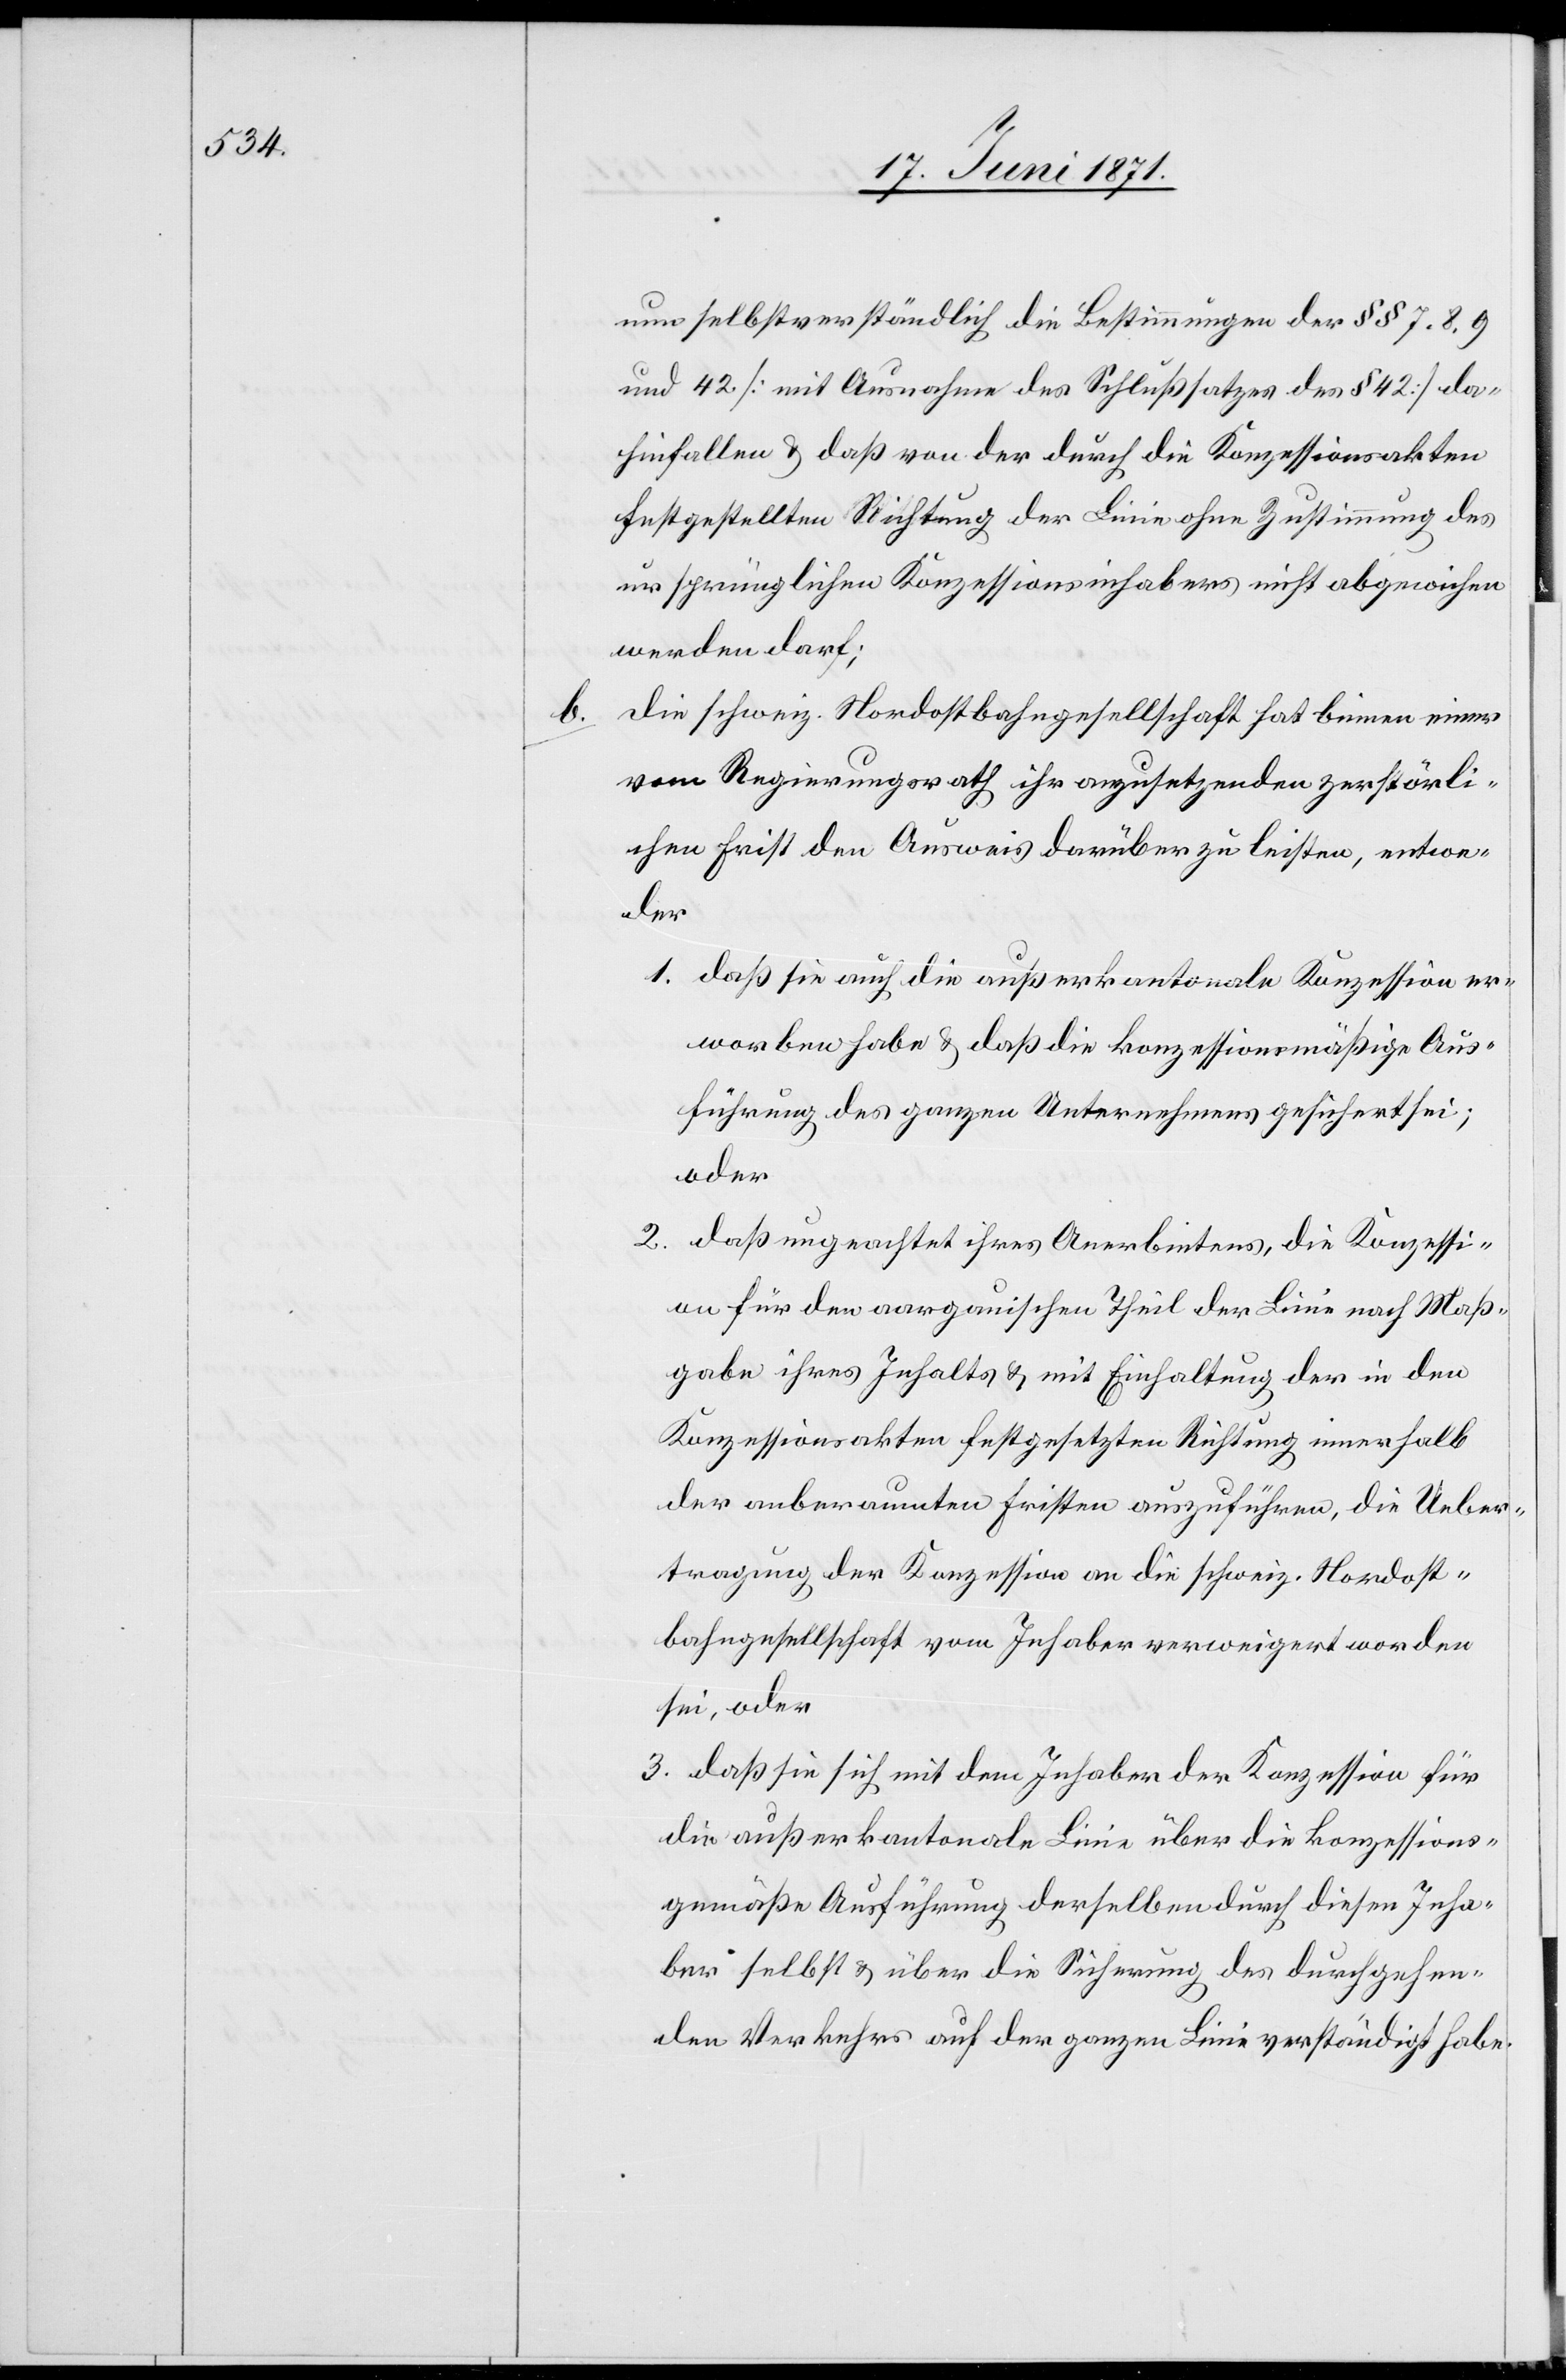
b.

nun selbstverständlich die Bestimmungen der §§ 7. 8. 9
und 42 [mit Ausnahme des Schlußsatzes des § 42] da¬
hinfallen u. daß von der durch die Konzessionsakten
festgestellten Richtung der Linie ohne Zustimmung des
ursprünglichen Konzessionsinhabers nicht abgewichen
werden darf;
die schweiz. Nordostbahngesellschaft hat binnen einer
vom Regierungsrath ihr anzusetzenden zerstörli¬
chen Frist den Ausweis darüber zu leisten, entwe¬
der
1. daß sie auch die außerkantonale Konzession er¬
worben habe u. daß die konzessionsmäßige Aus¬
führung des ganzen Unternehmens gesichert sei;
oder
2. daß ungeachtet ihres Anerbietens, die Konzessi¬
on für den aargauischen Theil der Linie nach Maß¬
gabe ihres Inhalts u. mit Einhaltung der in den
Konzessionsakten festgesetzten Richtung innerhalb
der anberaumten Fristen auszuführen, die Ueber¬
tragung der Konzession an die schweiz. Nordost¬
bahngesellschaft vom Inhaber verweigert worden
sei, oder
3. daß sie sich mit dem Inhaber der Konzession für
die außerkantonale Linie über die konzessions¬
gemäße Ausführung derselben durch diesen Inha¬
ber selbst u. über die Sicherung des durchgehen¬
den Verkehrs auf der ganzen Linie verständigt habe.